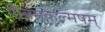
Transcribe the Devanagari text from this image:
पौत्रमकल्मषम्